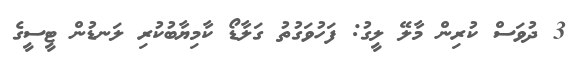
3 ދުވަަސް ކުރިން މާލޭ ލީގު: ފަހުވަގުތު ގަލާޑޯ ކާމިޔާބުކުރި ލަނޑުން ޓީސީގެ